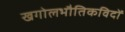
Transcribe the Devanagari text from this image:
खगोलभौतिकविदों